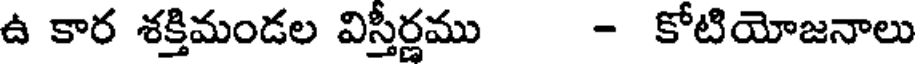
ఉ కార శక్తిమండల విస్తీర్ణము - కోటియోజనాలు